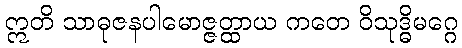
ဣတိ သာဓုဇနပါမောဇ္ဇတ္ထာယ ကတေ ဝိသုဒ္ဓိမဂ္ဂေ